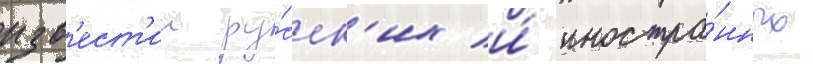
изв'ест'ии ру́сск'их и́ иностра́нных